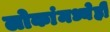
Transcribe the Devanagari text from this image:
लोकांमध्येही